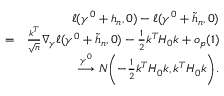
\begin{array} { r l r } & { } & { \ell ( \gamma ^ { 0 } + h _ { n } , 0 ) - \ell ( \gamma ^ { 0 } + \widetilde { h } _ { n } , 0 ) } \\ & { = } & { \frac { k ^ { T } } { \sqrt { n } } \nabla _ { \gamma } \ell ( \gamma ^ { 0 } + \widetilde { h } _ { n } , 0 ) - \frac { 1 } { 2 } k ^ { T } H _ { 0 } k + o _ { p } ( 1 ) } \\ & { } & { \stackrel { \gamma ^ { 0 } } { \longrightarrow } N \biggl ( - \frac { 1 } { 2 } k ^ { T } H _ { 0 } k , k ^ { T } H _ { 0 } k \biggr ) . } \end{array}